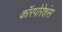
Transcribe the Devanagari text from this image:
कॉरपोरेशंस